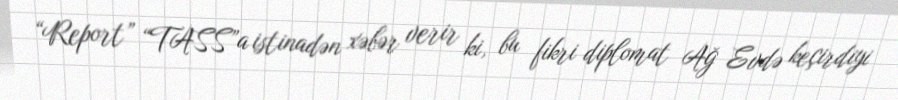
“Report” “TASS”a istinadən xəbər verir ki, bu fikri diplomat Ağ Evdə keçirdiyi